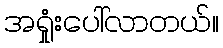
အရှုံးပေါ်လာတယ်။